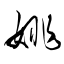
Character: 姚